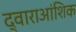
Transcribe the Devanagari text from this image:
द्वाराआंशिक